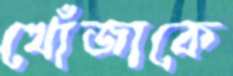
খোঁজাকে